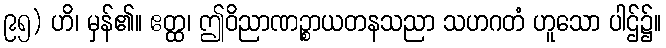
၉၅) ဟိ၊ မှန်၏။ ဧတ္ထ၊ ဤဝိညာဏဉ္စာယတနသညာ သဟဂတံ ဟူသော ပါဌ်၌။